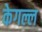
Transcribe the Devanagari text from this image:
केगल्ल